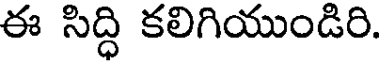
ఈ సిద్ధి కలిగియుండిరి.